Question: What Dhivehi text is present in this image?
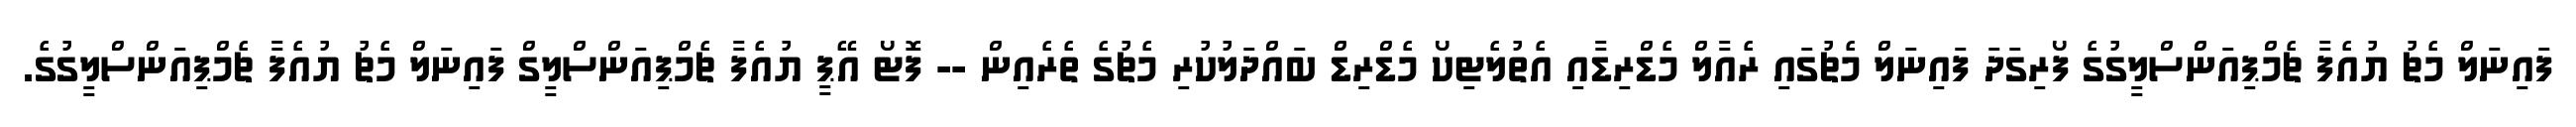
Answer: ފައިނަލް މެޗު ޔުއެފާ ޗެމްޕިއަންސްލީގުގެ ފޯރިގަދަ ފައިނަލް މެޗުގައި ރެއާލް މެޑްރިޑާއި އެތުލެޓިކޯ މެޑްރިޑް ބައްދަލުކުރި މެޗުގެ ތެރެއިން -- ފޮޓޯ އޭޕީ ޔުއެފާ ޗެމްޕިއަންސްލީގް ފައިނަލް މެޗު ޔުއެފާ ޗެމްޕިއަންސްލީގުގެ.